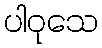
ပါဝုသေ